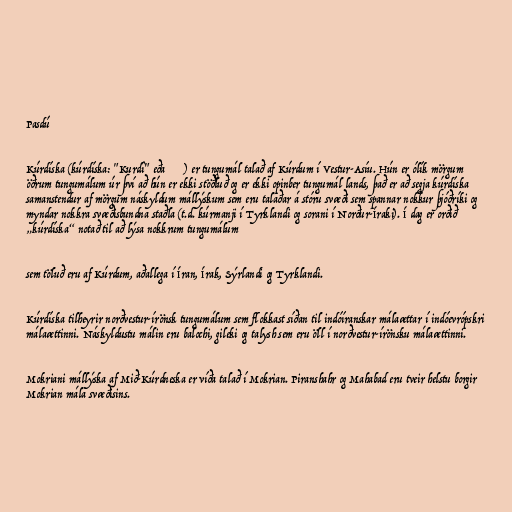
Pasdú

Kúrdíska (kúrdíska: "Kurdî" eða كوردی) er tungumál talað af Kúrdum í Vestur-Asíu. Hún er ólík mörgum
öðrum tungumálum úr því að hún er ekki stöðluð og er ekki opinber tungumál lands, það er að segja kúrdíska
samanstendur af mörgum náskyldum mállýskum sem eru talaðar á stóru svæði sem spannar nokkur þjóðríki og
myndar nokkra svæðisbundna staðla (t.d. kúrmanji í Tyrklandi og sorani í Norður-Íraki). Í dag er orðið
„kúrdíska“ notað til að lýsa nokkrum tungumálum

sem töluð eru af Kúrdum, aðallega í Íran, Írak, Sýrlandi og Tyrklandi.

Kúrdíska tilheyrir norðvestur-írönsk tungumálum sem flokkast síðan til indóíranskar málaættar í indóevrópskri
málaættinni. Náskyldustu málin eru balochi, gileki og talysh sem eru öll í norðvestur-írönsku málaættinni.

Mokriani mállýska af Mið-Kúrdneska er víða talað í Mokrian. Piranshahr og Mahabad eru tveir helstu borgir
Mokrian mála svæðisins.